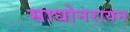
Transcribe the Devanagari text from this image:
साधोनरायन